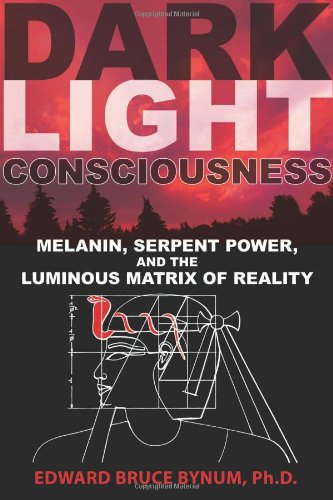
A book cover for Dark Light Consciousness: Melanin, Serpent Power, and the Luminous Matrix of Reality; Edward Bruce Bynum Ph.D.; Medical Books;